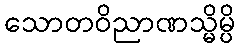
သောတဝိညာဏသ္မိမ္ပိ